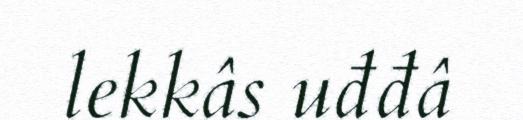
lekkâs uđđâ